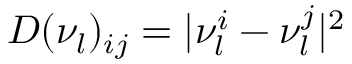
D ( \nu _ { l } ) _ { i j } = | \nu _ { l } ^ { i } - \nu _ { l } ^ { j } | ^ { 2 }